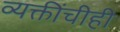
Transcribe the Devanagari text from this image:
व्यक्तींचीही